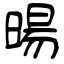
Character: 暘